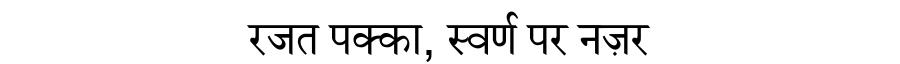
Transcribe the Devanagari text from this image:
रजत पक्का, स्वर्ण पर नज़र